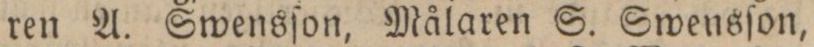
ren A. Swensſon, Målaren S. Swensſon,